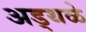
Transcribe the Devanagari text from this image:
अड्थळे